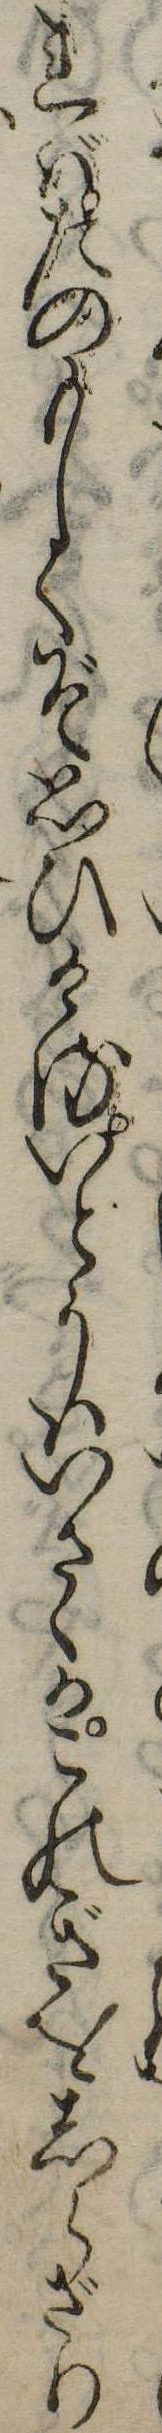
ればたのもしくぞ思ひけるいとうはいさゝかこのぎをしらざり